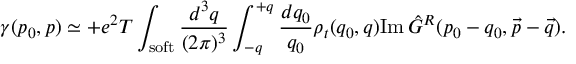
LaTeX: \gamma ( p _ { 0 } , p ) \simeq + e ^ { 2 } T \int _ { \mathrm { s o f t } } { \frac { d ^ { 3 } q } { ( 2 \pi ) ^ { 3 } } } \int _ { - q } ^ { + q } { \frac { d q _ { 0 } } { q _ { 0 } } } \rho _ { t } ( q _ { 0 } , q ) \mathrm { I m } \, \hat { G } ^ { R } ( p _ { 0 } - q _ { 0 } , \vec { p } - \vec { q } ) .